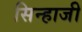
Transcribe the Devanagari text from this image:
सिन्हाजी